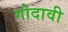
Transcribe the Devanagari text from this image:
गोदावी